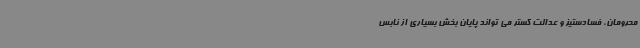
محرومان، فسادستیز و عدالت گستر می تواند پایان‌ بخش بسیاری از نابس